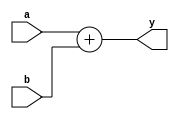
module adder (
					input [15:0]	a, b,
					output [15:0] y);
					
assign y =  a + b ;
endmodule